Report on the Nagpur School of Medicine, Central Provinces
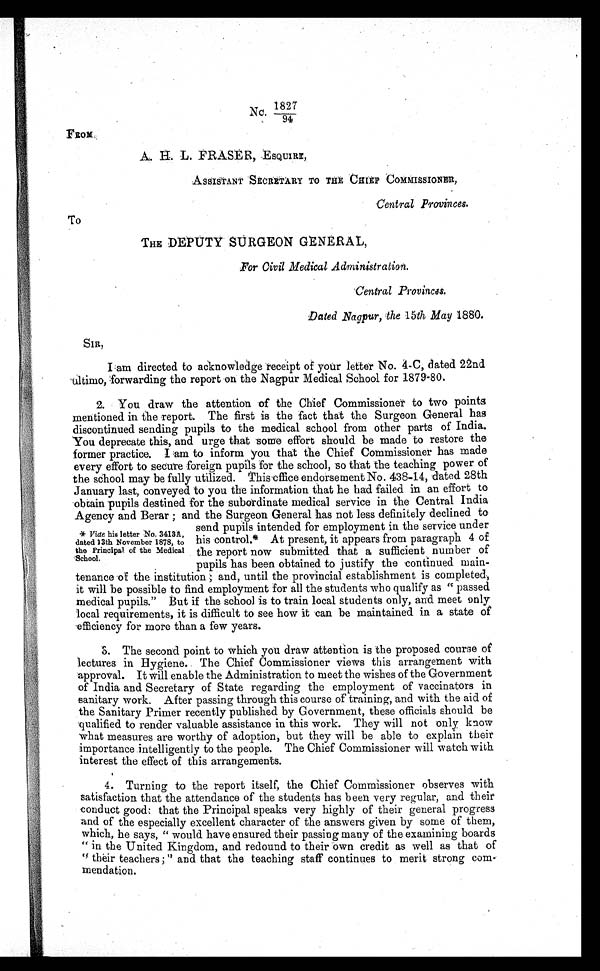
No, 1827
94
FROM
A. H. L. FRASER, ESQUIRE,
ASSISTANT SECRETARY TO THE CHIEF COMMISSIONER,
Central Provinces.
To
THE DEPUTY SURGEON GENERAL,
For Civil Medical Administration.
Central Provinces.
Dated Nagpur, the 15th May 1880.
I am directed to acknowledge receipt of your letter No. 4-C, dated 22nd
ultimo, forwarding the report on the Nagpur Medical School for 1879-80.
2. You draw the attention of the Chief Commissioner to two points
mentioned in the report. The first is the fact that the Surgeon General has
discontinued sending pupils to the medical school from other parts of India.
You deprecate this, and urge that some effort should be made to restore the
former practice. I am to inform you that the Chief Commissioner has made
every effort to secure foreign pupils for the school, so that the teaching power of
the school may be fully utilized. This office endorsement No. 438-14, dated 28th
January last, conveyed to you the information that he had failed in an effort to
obtain pupils destined for the subordinate medical service in the Central India
Agency- and Berar : and the Surgeon General has not less definitely declined to
* Vide his letter : No. 3413A,
dated 13th November 1878, to
the Principal of the Medical
School.
send pupils intended for employment in the -service under
his control.* At present, it appears from paragraph 4 of
the report now submitted that a sufficient number of
pupils has been obtained to justify the continued. main-
tenance 'of the institution; and, until the provincial establishment is completed,
it will be possible to find employment for all the students who qualify as " passed
medical pupils." But if the school is to train local students only, and meet only
local requirements, it is difficult to see how it can be maintained in a state of
efficiency for more than a few years.
3. The second point to which you draw attention is the proposed course of
lectures in Hygiene.. The Chief Commissioner views this arrangement with.
approval. It will enable the Administration to meet the wishes of the Government
of India and Secretary of State regarding the employment of vaccinators in
sanitary work. After passing through this course of training, and with the aid of
the Sanitary Primer recently published by Government, these officials should be
qualified to render valuable assistance in this work. They will not only know
what measures are worthy of adoption, but they will be able to explain their
importance intelligently to the people. The Chief Commissioner will watch with
interest the effect of this arrangements.
4. Turning to the report itself, the Chief Commissioner observes with
satisfaction that the attendance of the students has been very regular, and their
conduct good: that the Principal speaks very highly of their general progress
and of the especially excellent character of the answers given by some of them,
which, he says, " would have ensured their passing many of the examining boards
" in the United Kingdom, and redound to their own credit as well as that of
" their teachers; "and that the teaching staff continues to merit strong com
mendation.